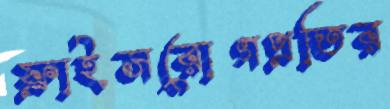
ফ্রাইসরোগপ্রতির